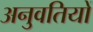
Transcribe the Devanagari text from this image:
अनुवतियों